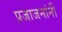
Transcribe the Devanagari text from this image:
प्रजाजनांनी